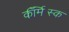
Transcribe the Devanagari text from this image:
कॉमर्स्कि